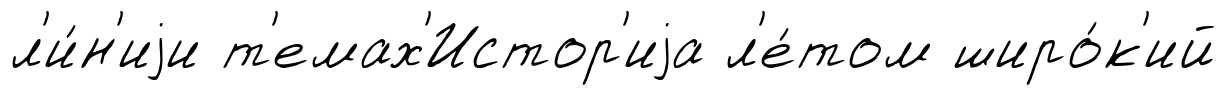
л'и́н'иjи т'емах'Истор'иjа л'е́том широ́к'ий